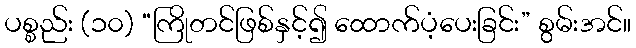
ပစ္စည်း (၁၀) “ကြိုတင်ဖြစ်နှင့်၍ ထောက်ပံ့ပေးခြင်း” စွမ်းအင်။